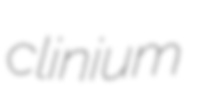
clinium